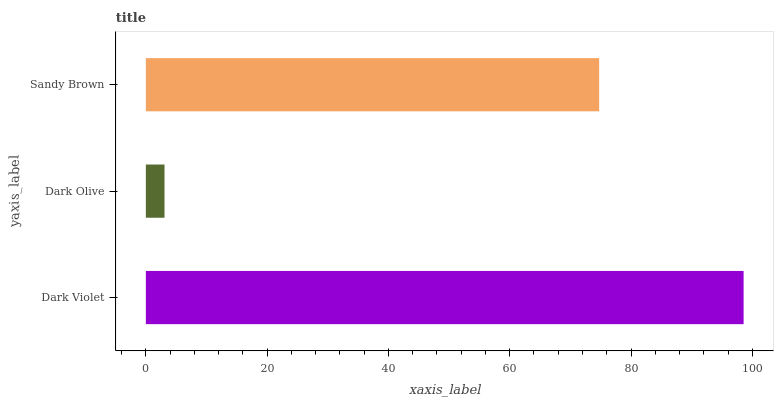
| yaxis_label | bars |
 | --- | --- |
 | Dark Violet | 98.6 |
 | Dark Olive | 3.08 |
 | Sandy Brown | 74.7 |